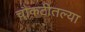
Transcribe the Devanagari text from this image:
चौकटीतल्या